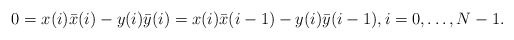
\begin{align*}0 = x(i)\bar{x}(i) - y(i)\bar{y}(i) = x(i)\bar{x}(i-1)-y(i)\bar{y}(i-1), i=0, \ldots, N-1.\end{align*}